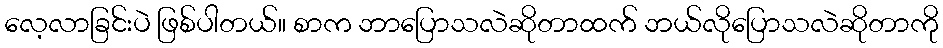
လေ့လာခြင်းပဲ ဖြစ်ပါတယ်။ စာက ဘာပြောသလဲဆိုတာထက် ဘယ်လိုပြောသလဲဆိုတာကို